Mental hospitals Bombay report 1929-33 - 1929-1933
Year: 1929
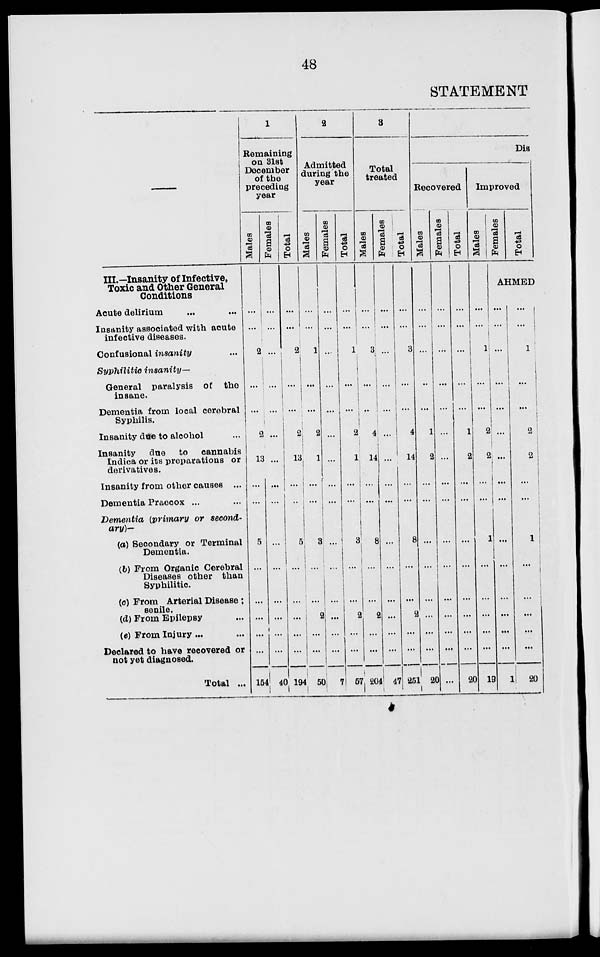
48
STATEMENT
III.—Insanity of Infective,
Toxic and Other General
Conditions
Acute delirium ... ...
Insanity associated with acute
infective diseases.
Gonfusional insanity ...
Syphilitic
insanity—
General paralysis of the
insane.
Dementia from local cerebral
Syphilis.
Insanity due to alcohol ...
Insanity
due to
cannabis
Indica or its preparations or
derivatives.
Insanity from other causes ...
Dementia Praecox ... ...
Dementia (primary or second-
ary)—
(a) Secondary or Terminal
Dementia.
(b) From Organic Cerebral
Diseases other than
Syphilitic.
(c) From Arterial Disease ;
senile.
(d) From Epilepsy ...
(e) From Injury ... ...
Declared to have recovered or
not yet diagnosed.
Total ...
1
Remaining
on 31st
December
of the
preceding
year
Males
...
...
2
...
...
2
13
...
...
5
...
...
...
...
...
154
Females
...
...
...
...
...
...
...
...
...
...
...
...
...
...
...
40
Total
...
...
2
...
...
2
13
...
...
5
...
...
...
...
...
194
2
Admitted
during the
year
Males
...
...
1
...
...
2
1
...
...
3
...
...
2
...
...
50
Females
...
...
...
...
...
...
...
...
...
...
...
...
...
...
...
7
Total
...
...
1
...
...
2
1
...
...
3
...
...
2
...
...
57
3
Total
treated
Males
...
...
3
...
...
4
14
...
...
8
...
...
2
...
...
204
Females
...
...
...
...
...
...
...
...
...
...
...
...
...
...
...
47
Total
...
...
3
...
...
4
14
...
...
8
...
...
2
...
...
251
Dis
Recovered
Males
...
...
...
...
...
1
2
...
...
...
...
...
...
...
...
20
Females
...
...
...
...
...
...
...
...
...
...
...
...
...
...
...
...
Total
...
...
...
...
...
1
2
...
...
...
...
...
...
...
...
20
Improved
Males
...
...
1
...
...
2
2
...
...
1
...
...
...
...
...
19
Females
Total
AHMED
...
...
...
...
...
...
...
...
...
...
...
...
...
...
...
1
...
...
1
...
...
2
2
...
...
1
...
...
...
...
...
20